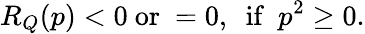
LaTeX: R_{Q}(p)<0\ \mathrm{or}\ =0,\ \ \mathrm{if}\ \ p^{2}\geq 0.